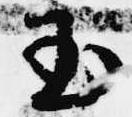
玉